Report of the veterinary officer investigating camel disease
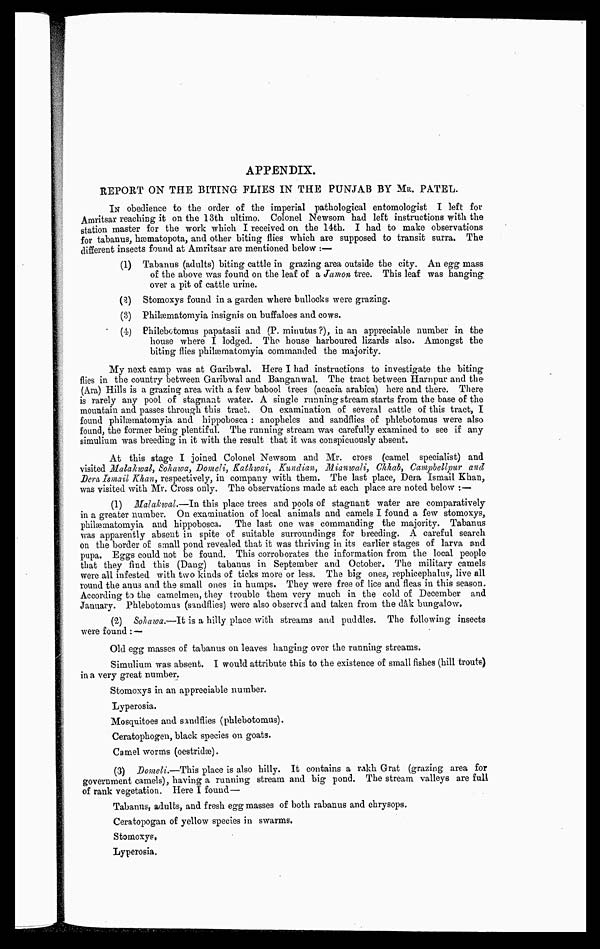
APPENDIX.
REPORT ON THE BITING FLIES IN THE PUNJAB BY MR. PATEL.
IN obedience to the order of the imperial pathological entomologist I left for
Amritsar reaching it on the 13th ultimo. Colonel Newsom had left instructions with the
station master for the work which I received on the 14th. I had to make observations
for tabanus, hæmatopota, and other biting flies which are supposed to transit surra. The
different insects found at Amritsar are mentioned below :—
(1) Tabanus (adults) biting cattle in grazing area outside the city. An egg mass
of the above was found on the leaf of a Jamon tree. This leaf was hanging
over a pit of cattle urine.
(2) Stomoxys found in a garden where bullocks were grazing.
(3) Philæmatomyia insignis on buffaloes and cows.
(4) Philebotomus papatasii and (P. minutus ?), in an appreciable number in the
house where I lodged. The house harboured lizards also. Amongst the
biting flies philæmatomyia commanded the majority.
My next camp was at Garibwal. Here I had instructions to investigate the biting
flies in the country between Garibwal and Banganwal. The tract between Harnpur and the-
(Ara) Hills is a grazing area with a few babool trees (acacia arabica) here and there. There
is rarely any pool of stagnant water. A single running stream starts from the base of the
mountain and passes through this tract. On examination of several cattle of this tract, I
found philæmatomyia and hippobosca : anopheles and sandflies of phlebotomus were also
found, the former being plentiful. The running stream was carefully examined to see if any
simulium was breeding in it with the result that it was conspicuously absent.
At this stage I joined Colonel Newsom and Mr. cross (camel specialist) and
visited Malakwal, Sohawa, Domeli, Kathwai, Kundian, Mianwali, Chhab, Canpbellpur and
Dera Ismail Khan, respectively, in company with them. The last place, Dera Ismail Khan,
was visited with Mr. Cross only. The observations made at each place are noted below :—
(1) Malakwal.—In this place trees and pools of stagnant water are comparatively
in a greater number. On examination of local animals and camels I found a few stomoxys,
philæmatomyia and hippobosca. The last one was commanding the majority. Tabanus
was apparently absent in spite of suitable surroundings for breeding. A careful search
on the border of small pond revealed that it was thriving in its earlier stages of larva and
pupa. Eggs could not be found. This corroborates the information from the local people
that they find this (Dang) tabanus in September and October. The military camels
were all infested with two kinds of ticks more or less. The big ones, rephicephalus, live all
round the anus and the small ones in humps. They were free of lice and fleas in this season.
According to the camelmen, they trouble them very much in the cold of December and
January. Phlebotomus (sandflies) were also observed and taken from the dak bungalow.
(2) Sohawa.—It is a hilly place with streams and puddles. The following insects
were found: —
Old egg masses of tabanus on leaves hanging over the running streams.
Simulium was absent. I would attribute this to the existence of small fishes (hill trouts)
in a very great number.
Stomoxys in an appreciable number.
Lyperosia.
Mosquitoes and sandflies (phlebotomus).
Ceratophogen, black species on goats.
Camel worms (oestridæ).
(3) Domeli.—This place is also hilly. It contains a rakh Grat (grazing area for
government camels), having a running stream and big pond. The stream valleys are full
of rank vegetation. Here I found—
Tabanus, adults, and fresh egg masses of both rabanus and chrysops.
Ceratopogan of yellow species in swarms.
Stomoxys,
Lyperosia.